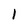
Character: 1